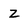
Character: z